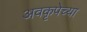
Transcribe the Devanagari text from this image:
अवकृपेच्या